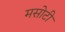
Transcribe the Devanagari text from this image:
मसोटी